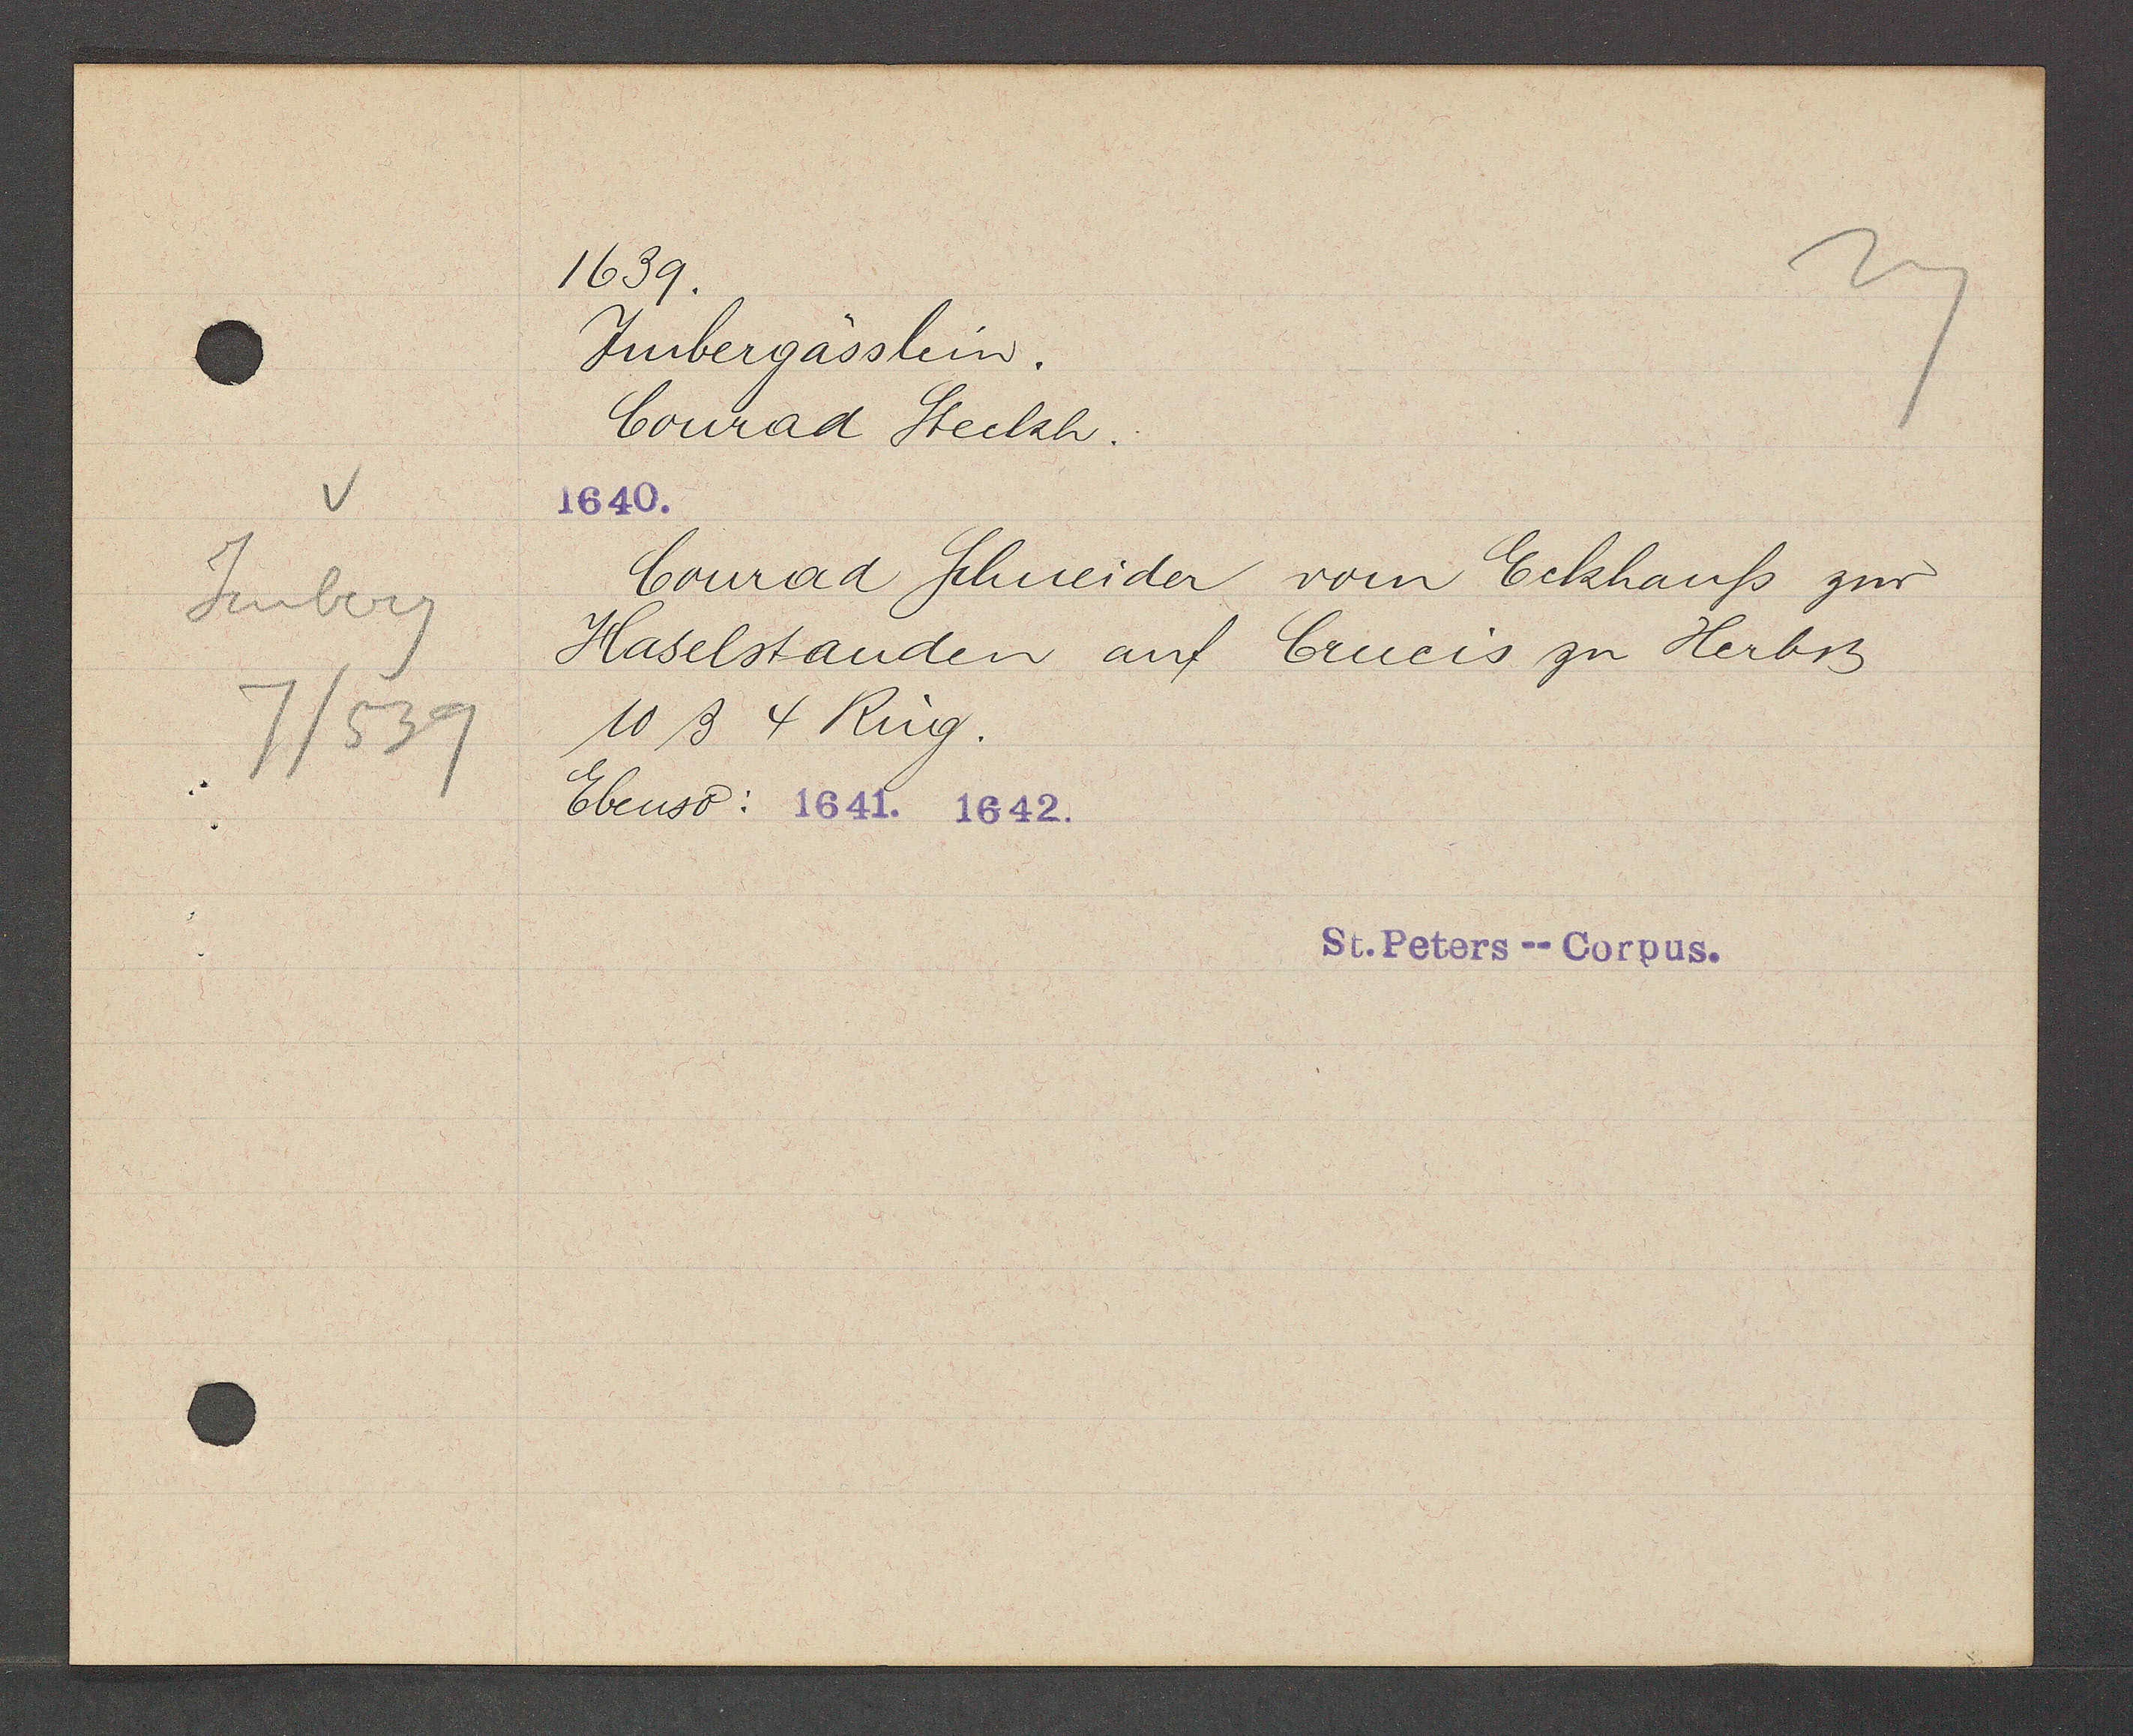
Transcript:
Imberg
7/539

1639.

Imbergässlein.
Conrad Steckh.
1640.
Conrad Schneider vom Eckhauss zur
Haselstanden auf Crucis zu Herbst
10ß 4 Ring.
Ebenso: 1641. 1642.

St. Peters--Corpus.